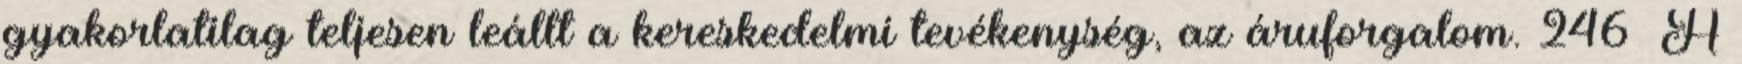
gyakorlatilag teljesen leállt a kereskedelmi tevékenység, az áruforgalom. 246 A